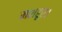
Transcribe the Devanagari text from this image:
मशहूर।